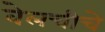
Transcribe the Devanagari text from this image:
वेलचीचे